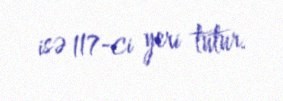
isə 117-ci yeri tutur.